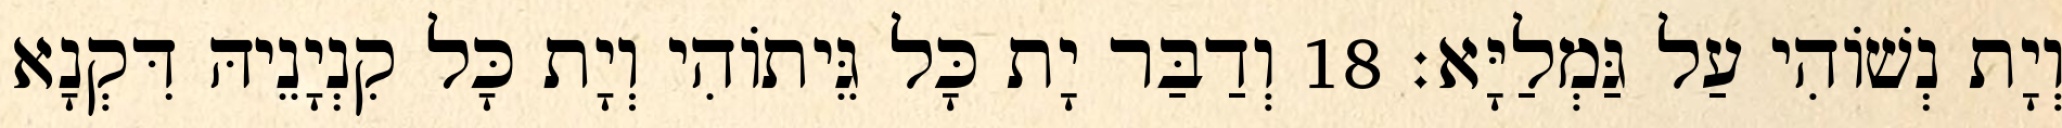
וְיָת נְשׁוֹהִי עַל גַּמְלַיָּא׃ 18 וְדַבַּר יָת כָּל גֵּיתוֹהִי וְיָת כָּל קִנְיָנֵיהּ דִּקְנָא